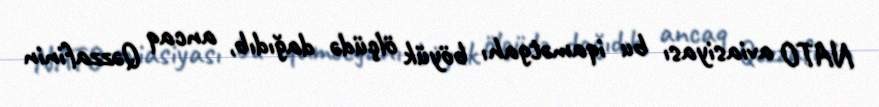
NATO aviasiyası bu iqamətgahı böyük ölçüdə dağıdıb, ancaq Qəzzafinin